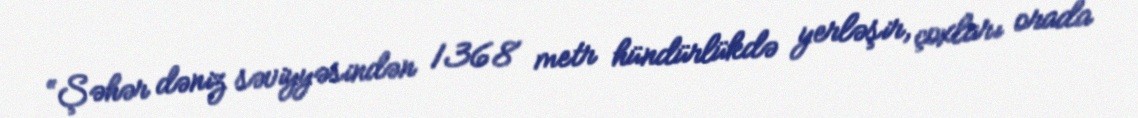
“Şəhər dəniz səviyyəsindən 1368 metr hündürlükdə yerləşir, çoxları orada